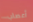
أعصاب